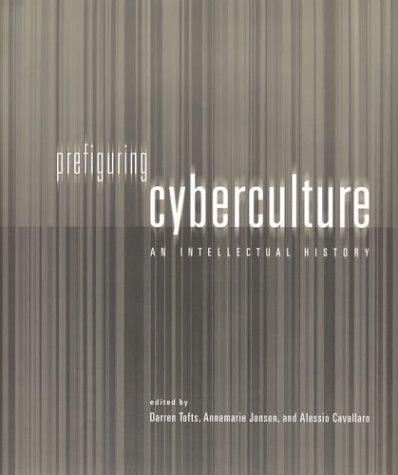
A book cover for Prefiguring Cyberculture: An Intellectual History; Computers & Technology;